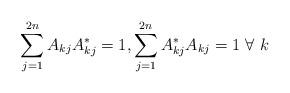
LaTeX: \begin{align*} \sum_{j=1}^{2n} A_{kj}A_{kj}^*=1, \sum_{j=1}^{2n} A_{kj}^*A_{kj}=1 \ \forall \ k \end{align*}